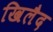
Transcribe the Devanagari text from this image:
खिलैद